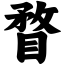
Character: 瞀